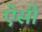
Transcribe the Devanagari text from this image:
ऐसीं